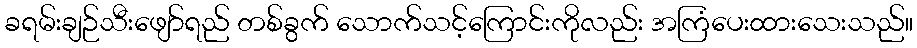
ခရမ်းချဉ်သီးဖျော်ရည် တစ်ခွက် သောက်သင့်ကြောင်းကိုလည်း အကြံပေးထားသေးသည်။